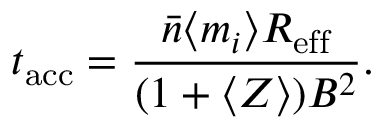
t _ { \mathrm { a c c } } = \frac { \bar { n } \langle m _ { i } \rangle R _ { \mathrm { e f f } } } { ( 1 + \langle Z \rangle ) B ^ { 2 } } .